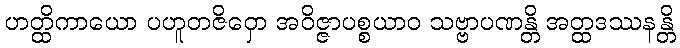
ဟတ္ထိကာယော ပဟူတဇိဝှော အဝိဇ္ဇာပစ္စယာဝ သဗ္ဗာပဏန္တိ အတ္ထဒဿနန္တိ